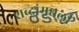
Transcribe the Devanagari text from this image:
शब्दांमधली